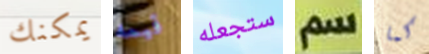
يمكنك قيمه ستجعله سم كما